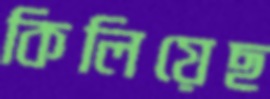
কিলিয়েছ